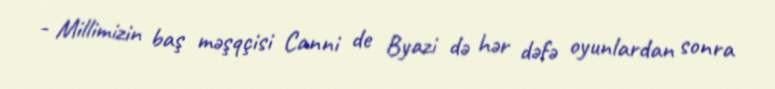
- Millimizin baş məşqçisi Canni de Byazi də hər dəfə oyunlardan sonra